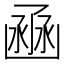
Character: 𠚚